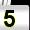
Digit: 5